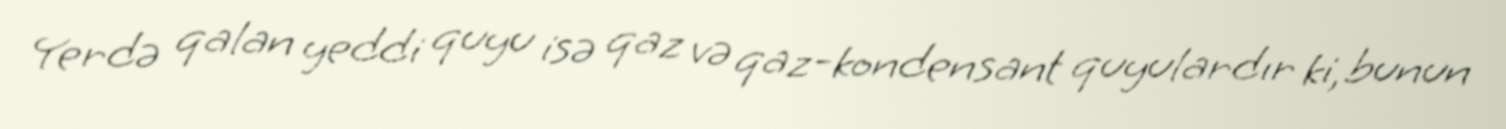
Yerdə qalan yeddi quyu isə qaz və qaz-kondensant quyulardır ki, bunun